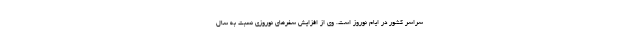
سراسر کشور در ایام نوروز است. وی از افزایش سفرهای نوروزی نسبت به سال